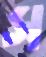
স